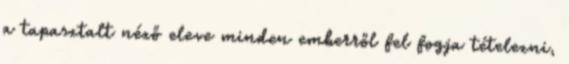
a tapasztalt néző eleve minden emberről fel fogja tételezni,